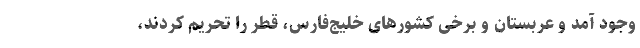
وجود آمد و عربستان و برخی کشورهای خلیج‌فارس، قطر را تحریم کردند،